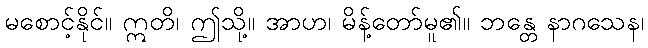
မစောင့်နိုင်။ ဣတိ၊ ဤသို့။ အာဟ၊ မိန့်တော်မူ၏။ ဘန္တေ နာဂသေန၊